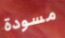
مسودة